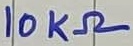
Text: 10KΩ